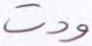
ودت